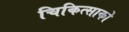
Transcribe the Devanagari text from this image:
चिकित्‍साको